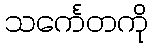
သင်္ကေတကို